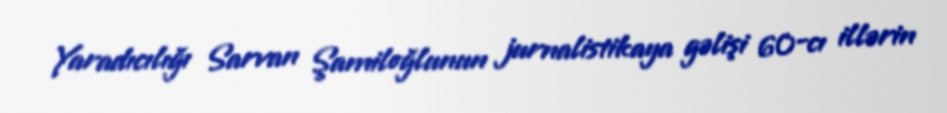
Yaradıcılığı Sarvan Şamiloğlunun jurnalistikaya gəlişi 60-cı illərin